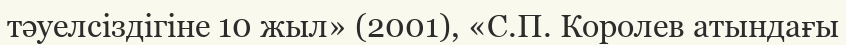
тәуелсіздігіне 10 жыл» (2001), «С.П. Королев атындағы